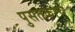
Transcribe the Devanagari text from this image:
पुसतकाचे